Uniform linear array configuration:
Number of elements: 12
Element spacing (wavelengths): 0.25
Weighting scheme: exponential
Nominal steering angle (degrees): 0
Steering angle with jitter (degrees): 0.4777
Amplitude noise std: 0.05
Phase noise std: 0.05

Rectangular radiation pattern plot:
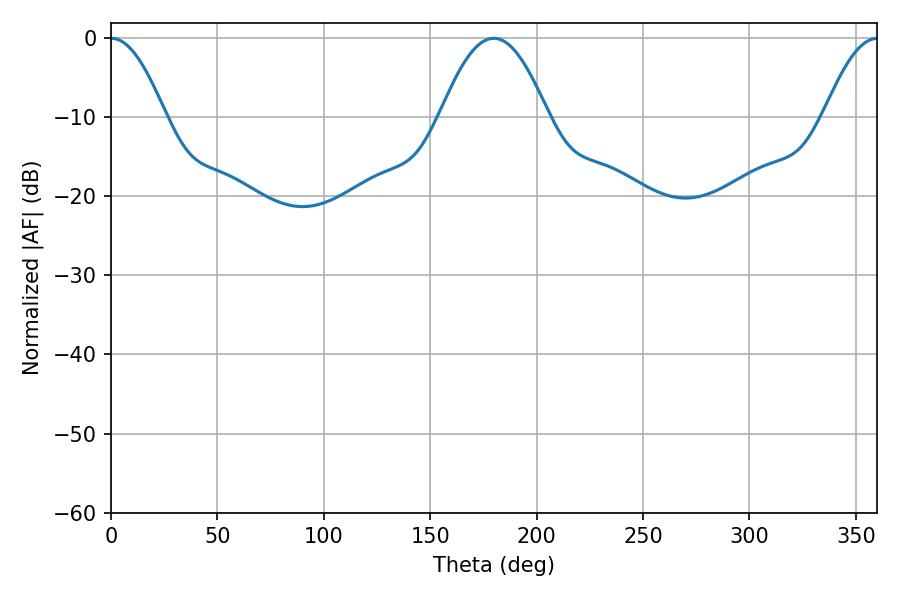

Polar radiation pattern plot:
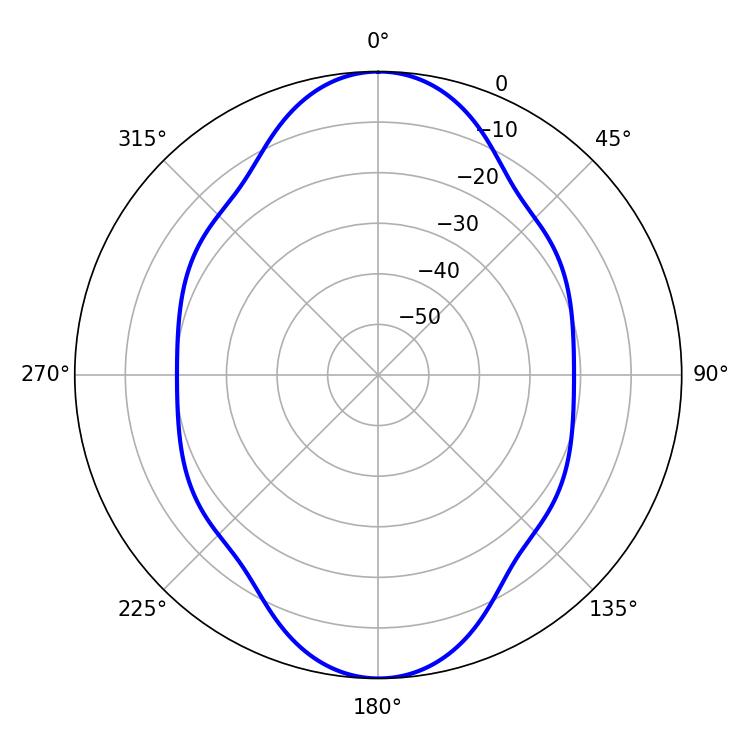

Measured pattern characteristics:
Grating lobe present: FALSE
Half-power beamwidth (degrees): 13.86
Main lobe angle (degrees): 0.18